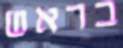
בראש